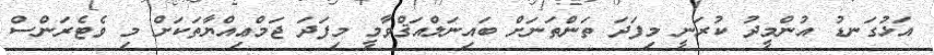
އަޅުގަނޑު އުންމީދު ކުރަނީ މިފަދަ ތަންތަނަށް ބައިނަލްއަޤްވާމީ މިފަދަ ޖަމްޢިއްޔާތަކަށް މި ވެޓެރަންސް